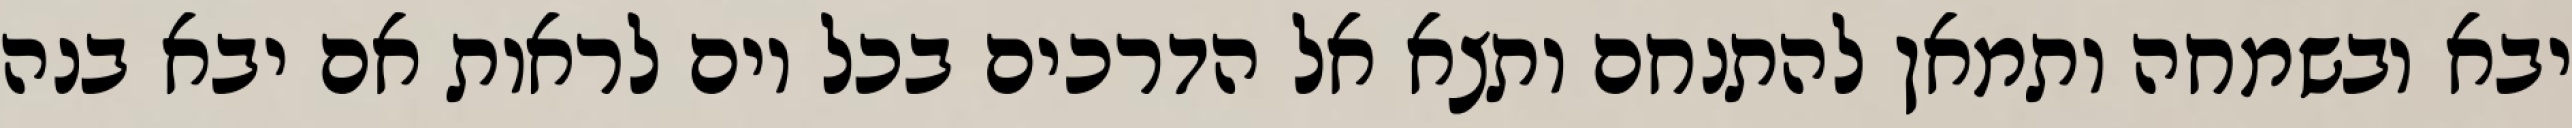
יבא ובשמחה ותמאן להתנחם ותצא אל הדרכים בכל יום לראות אם יבא בנה